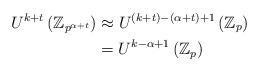
LaTeX: \begin{align*}U^{k+t}\left( \mathbb{Z} _{p^{\alpha+t}}\right) & \approx U^{(k+t)-(\alpha+t)+1}\left( \mathbb{Z} _{p}\right) \\& =U^{k-\alpha+1}\left( \mathbb{Z}_{p}\right)\end{align*}